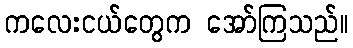
ကလေးငယ်တွေက အော်ကြသည်။